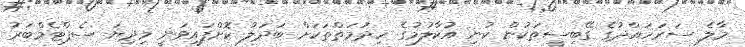
މާލެ ސަރަހައްދުގެ ގޭބިސީތަކުން ކުނި އުކާލުމުގެ ހިދުމަތްތަކަށް ބަދަލު ކޮށްފައިވަނީ މިދިޔަ ސެޕްޓެމްބަރު